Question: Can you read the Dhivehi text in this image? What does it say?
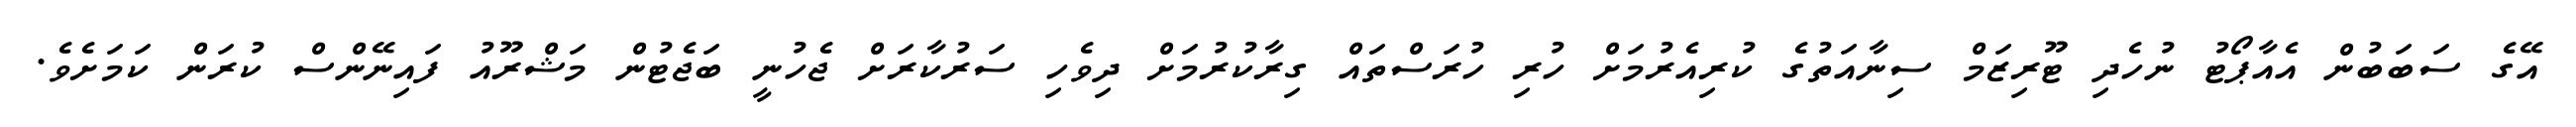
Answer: އޭގެ ސަބަބުން އެއާޕޯޓު ނުހެދި ޓޫރިޒަމް ސިނާއަތުގެ ކުރިއެރުމަށް ހުރި ހުރަސްތައް ގިރާކުރުމަށް ދިވެހި ސަރުކާރަށް ޖެހުނީ ބަޖެޓުން މަޝްރޫއު ފައިނޭންސް ކުރަން ކަމަށެވެ.